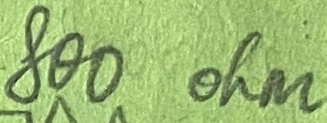
Text: 800 ohm